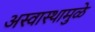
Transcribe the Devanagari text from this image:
अस्वास्थामुळे